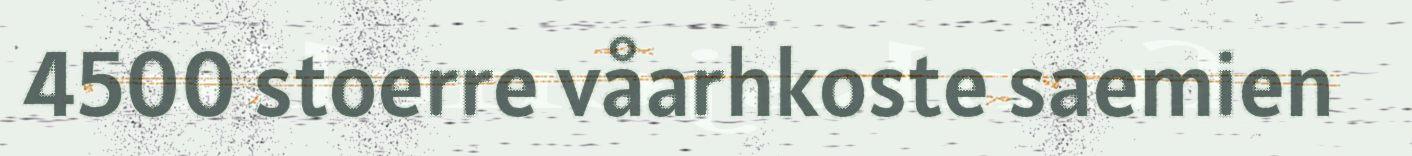
4500 stoerre våarhkoste saemien